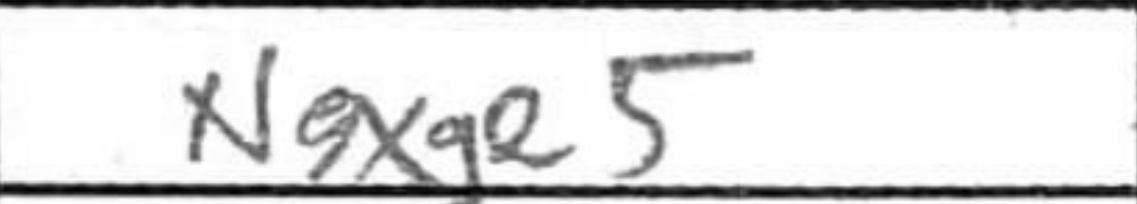
Transcription: Nxe5